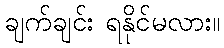
ချက်ချင်း ရနိုင်မလား။